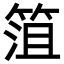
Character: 䈌